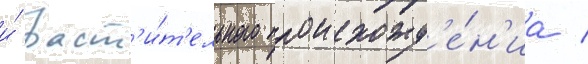
и́ раст'и́т'ельного происхожд'е́н'иа /